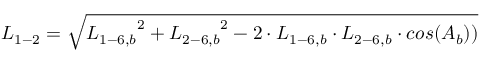
{ L _ { 1 - 2 } } = \sqrt { { L _ { 1 - 6 , b } } ^ { 2 } + { L _ { 2 - 6 , b } } ^ { 2 } - 2 \cdot { L _ { 1 - 6 , b } } \cdot { L _ { 2 - 6 , b } } \cdot c o s ( { A _ { b } } ) ) }